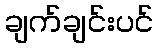
ချက်ချင်းပင်